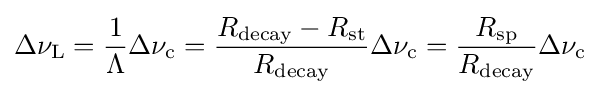
\Delta \nu _{\rm {L}}={\frac {1}{\Lambda }}\Delta \nu _{\rm {c}}={\frac {R_{\rm {decay}}-R_{\rm {st}}}{R_{\rm {decay}}}}\Delta \nu _{\rm {c}}={\frac {R_{\rm {sp}}}{R_{\rm {decay}}}}\Delta \nu _{\rm {c}}